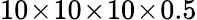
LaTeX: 10\! \times\! 10\! \times\! 10\! \times\! 0.5